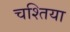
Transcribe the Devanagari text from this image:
चश्तिया